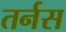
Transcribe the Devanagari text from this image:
तर्नस